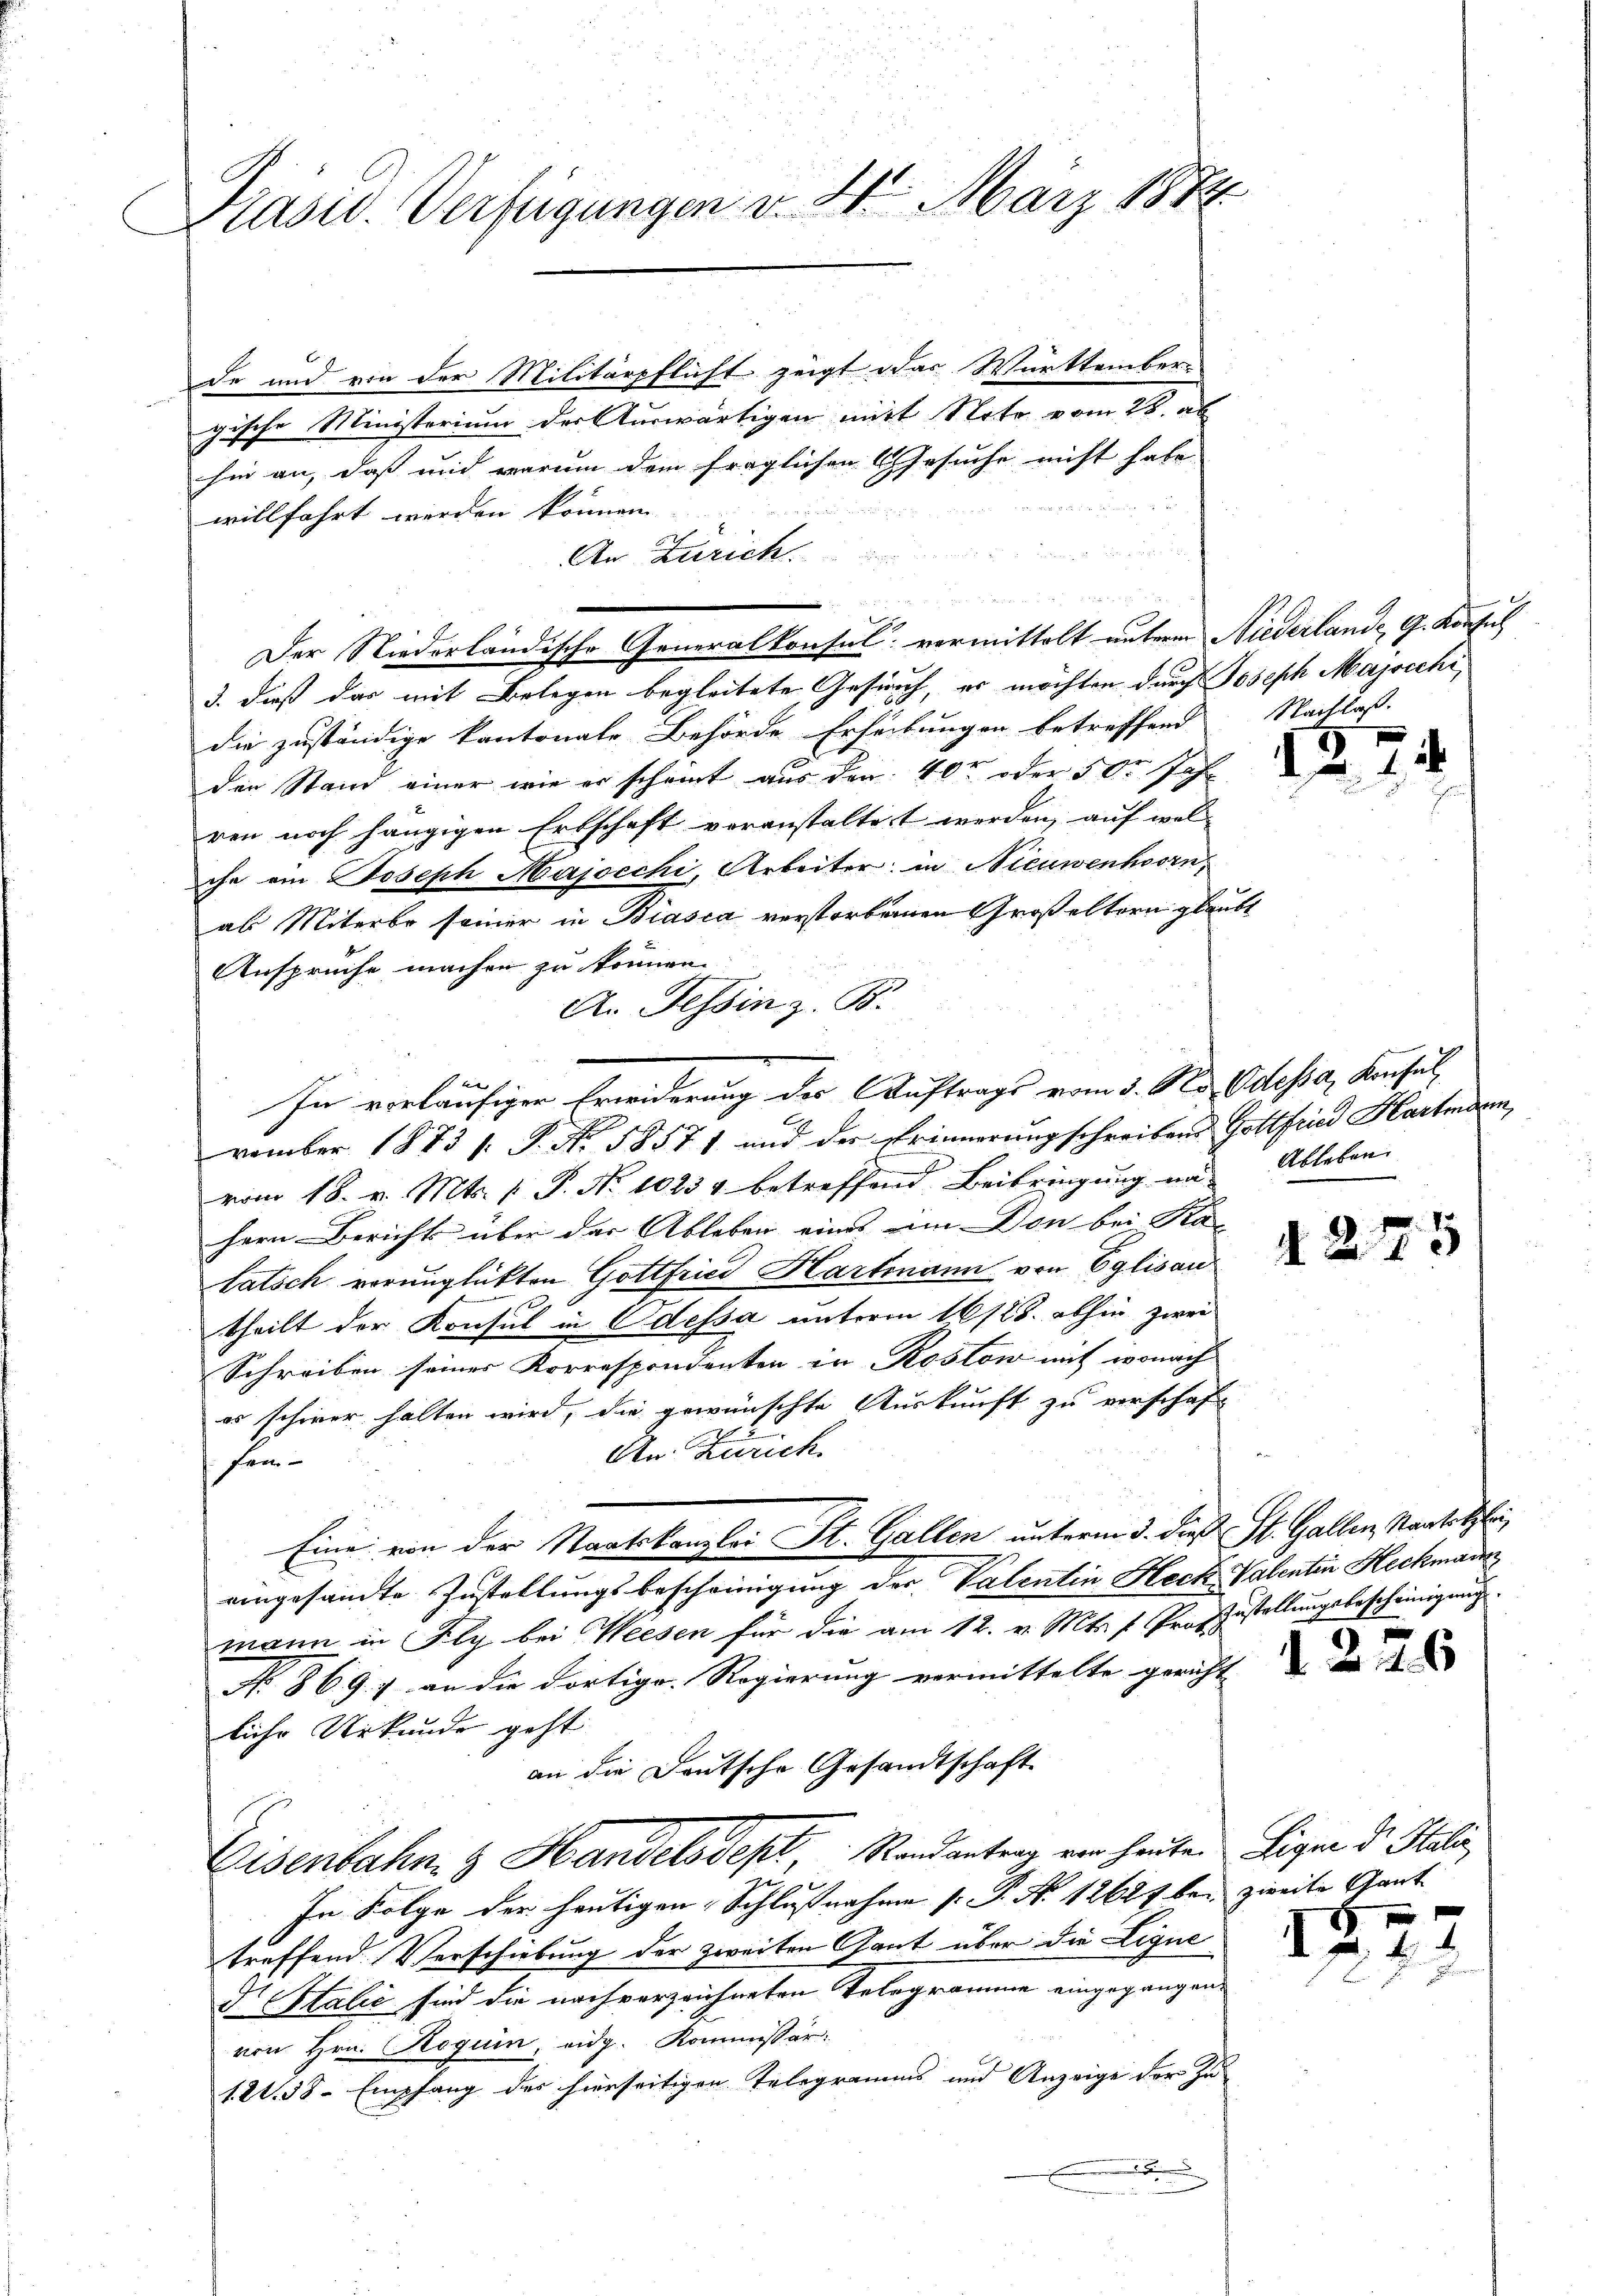
Präsid. Verfügungen v. 2. März 1874

de und von der Militärpflicht zeigt das Württember
gische Ministerium der Auswärtigen mit Note vom 28. ab
hin an, daß und warum dem fraglichen Gesuche nicht habe
willfahrt werden können. |
An Zürich.
Der Niederländische Generalkonsul: vormittelt unterm Niederlande, G. Konsul
3. dieß das mit Belegen begleitete Gesich, es möchten durch Joseph Majscchi
die zuständige kantonale Behörde Erhebungen betreffend
den Stand einer wie er scheint aus der 400 oder 50 Jahr
ren noch hängigen Erbschaft voranstaltet werden, auf welche ein Joseph Majocchi, Arbeiter in Nieuwenhorn,
als Miterbe seiner in Biasca verstorbenen Großeltern glaubt
Ansprüche machen zu können.
A. Tessin z. B.

In vorläufiger Erwiderung der Auftrags vom 3. No. Odessa, Konsul
vember 1873 s. S. No. 58571 und der Erinnerungschreibens Gottfried Hartmann
vom 18. v. Mts. v. P. No 10234 betreffend Beibringung und Ableben
hern Bericht über das Ableben eines am Don bei Ka
latsch verunglückten Gottfried Hartmann von Eglisau
e
theilt der Konsul in Odessa unterm 16/25. abhin zwei
Schreiben seiner Korrespondenten in Rostow mit wonach
es schiner halten wird, die gewünschte Auskunft zu verschaft
An. Zürich.
Fre¬
Eine von der Staatskanzlei St. Gallen unterm 3. dieß St. Gallen Kantortzei
eingesandte Zustellungsbescheinigung der Valentin Heck, Valenten Heckmann
mann in Fly bei Weesen für die am 12. v. Mts. f. Profzustellungsbescheinigung
No. 869. 7 an die dortige Regierung vermittelte gericht |
liche Urkunde geht
an die Deutsche Gesandtschaft
Eisenbahn & Handelsdept, Randantrag von heuten Ligen der Stali
In Folge der heutigen Schlußnahme s P. No 12617 bei zweite Gant
treffend Verschiebung der zweiten Gant über die Ligue
d. Stalić sind die nach verzeichneten Telegramme eingegangen.
von Hrn. Roguin, eidg. Kommissär:
1. 2. 58 - Empfang des hierseitigen Telegramms und Anzeige der Zu¬

Nachlaß.

1

.

2

425

1226

1

¬